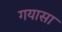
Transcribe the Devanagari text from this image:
गयासा